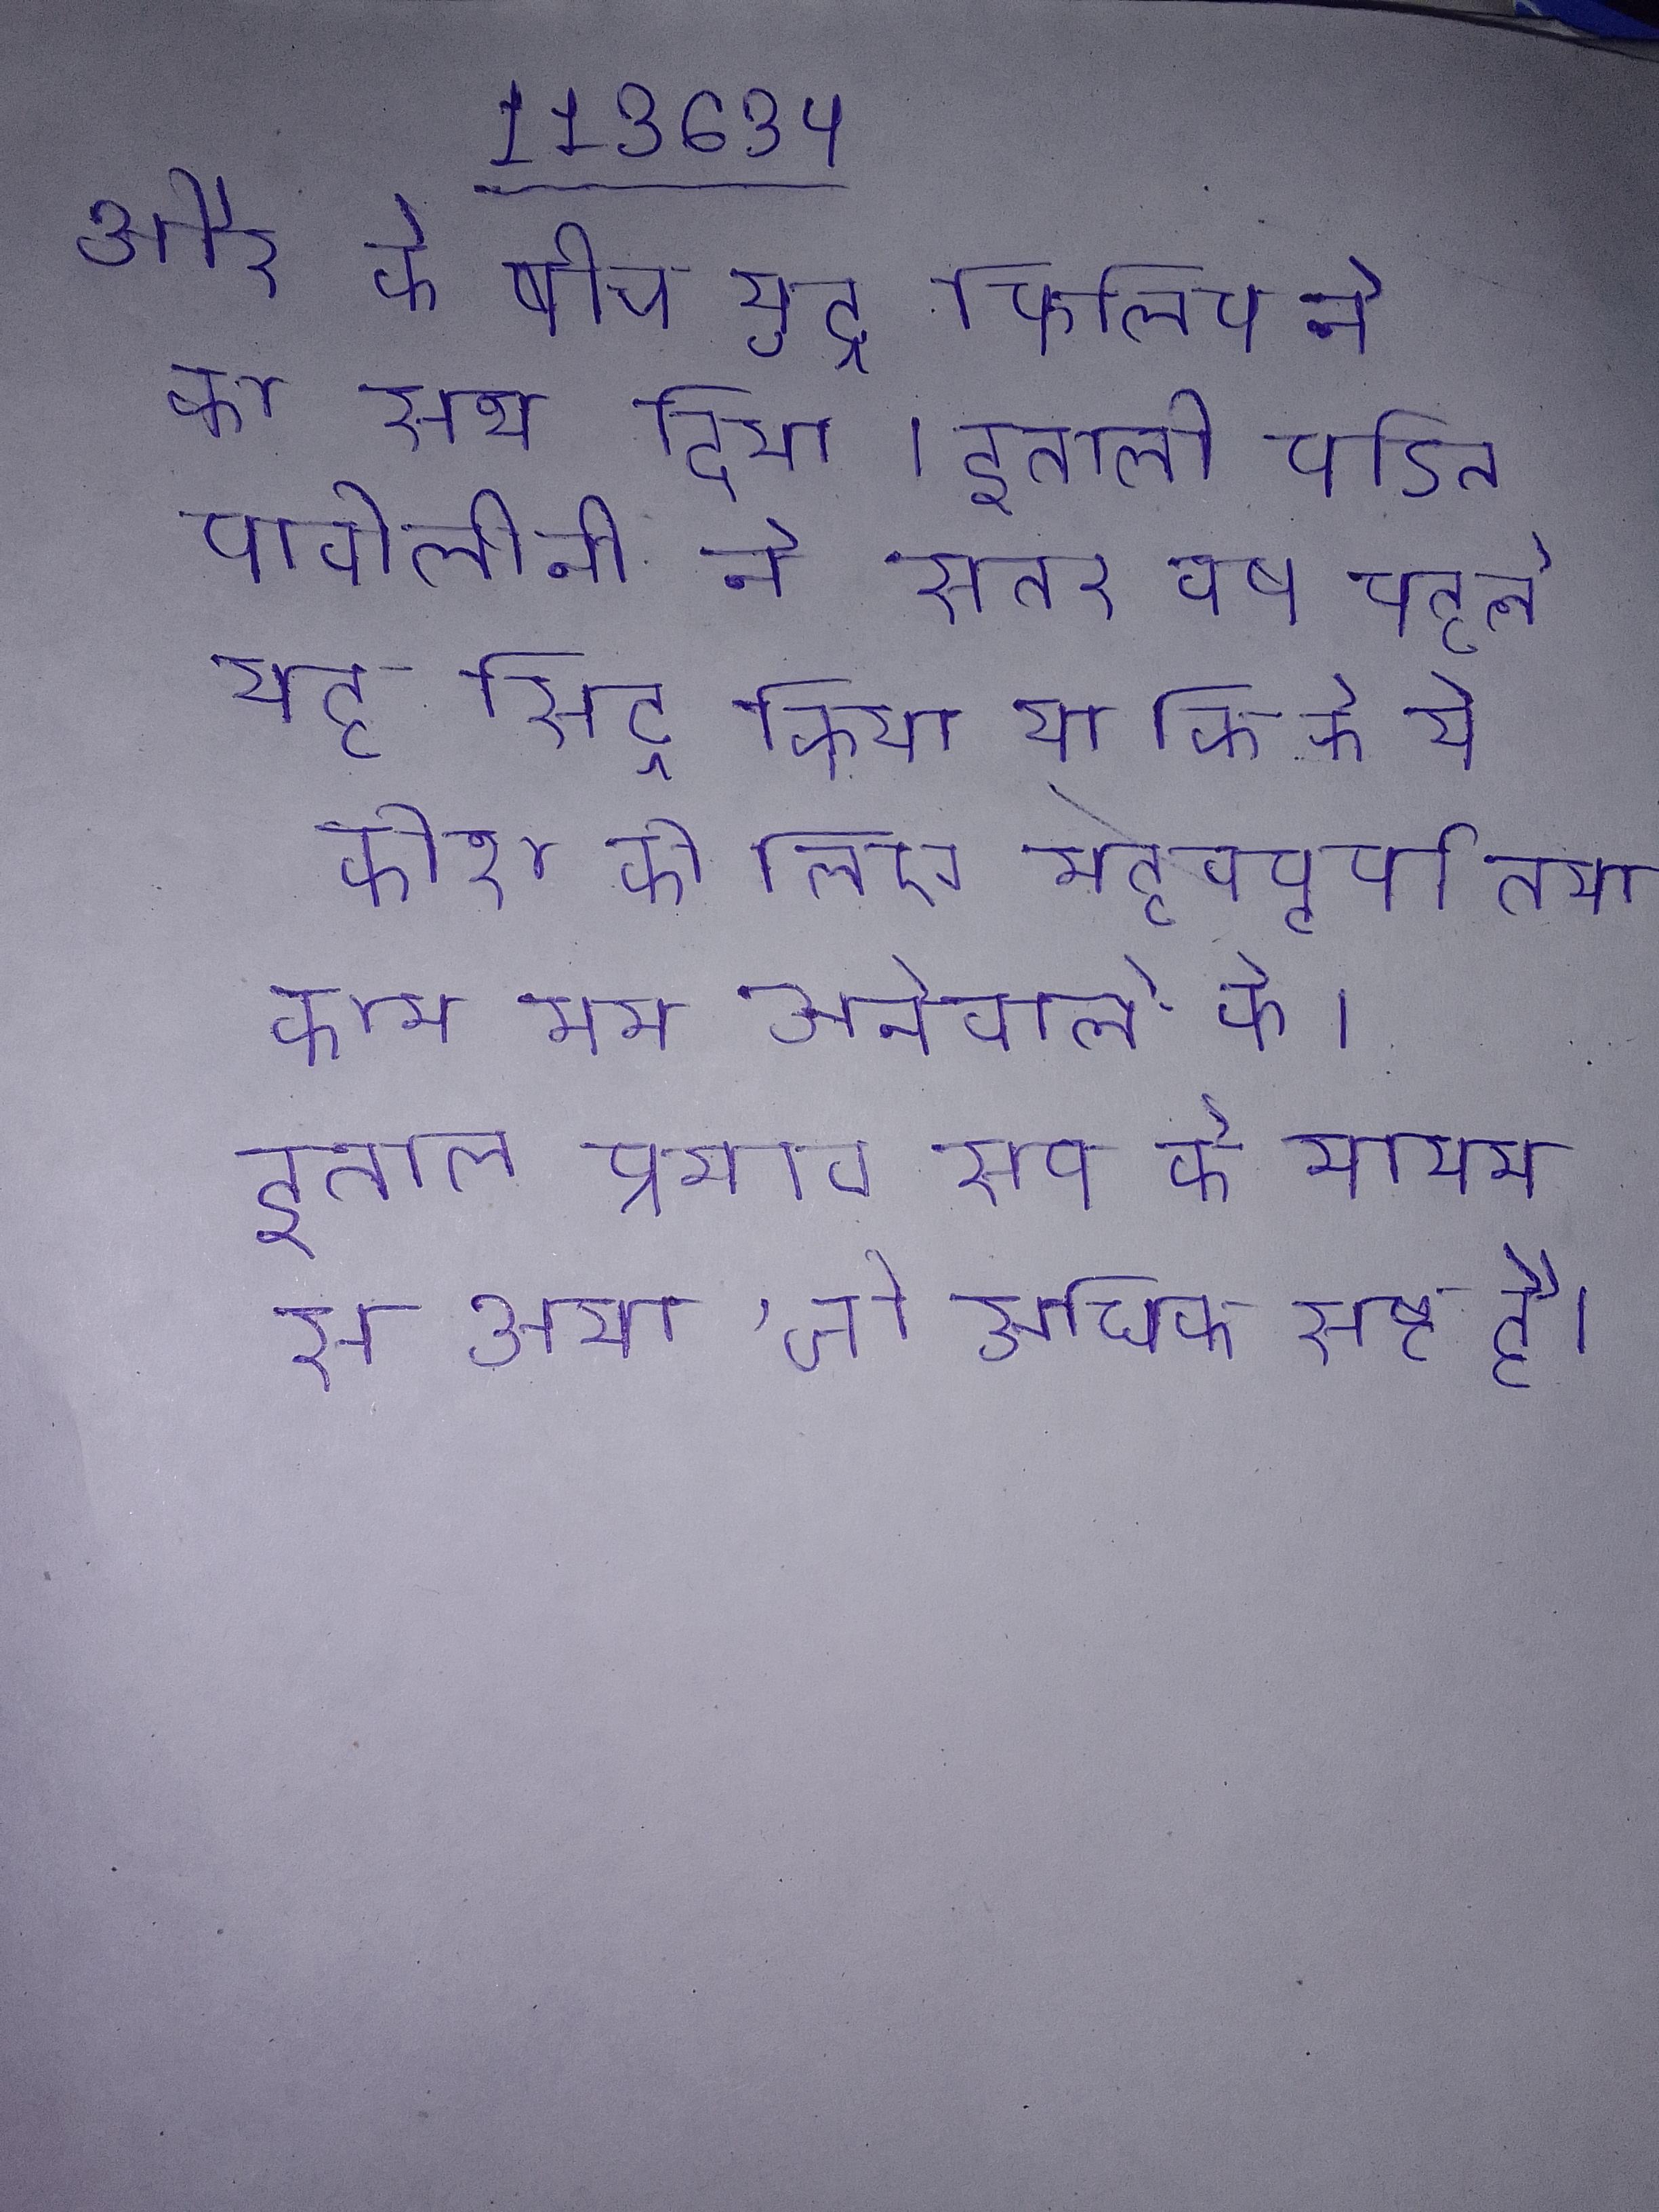
और के बीच युद्ध फिलिप ने का साथ दिया । इतालीय पडित पावोलीनी ने सत्तर वर्ष पहले यह सिद्ध किया था कि के ये कोश के लिए महत्त्वपूर्ण तथा काम कम आनेवाले के । इतालीय प्रभाव स्पेनी के माध्यम से आया, जो अधिक स्पष्ट है ।